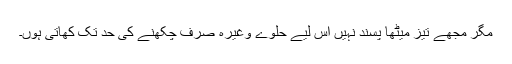
مگر مجھے تیز میٹھا پسند نہیں اس لیے حلوے وغیرہ صرف چکھنے کی حد تک کھاتی ہوں۔